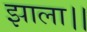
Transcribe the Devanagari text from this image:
झाला।।